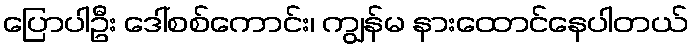
ပြောပါဦး ဒေါ်စစ်ကောင်း၊ ကျွန်မ နားထောင်နေပါတယ်